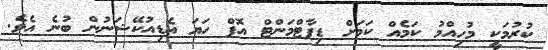
ކުރުމަކީ މުހިއްމު ކަމެއް ކަމަށް ޑިޕާޓްމަންޓް އޮފް ހަޔަ އެޑިއުކޭޝަނުން ބުނެ އެވެ.